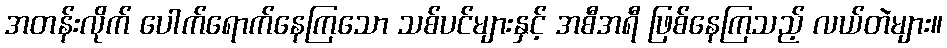
အတန်းလိုက် ပေါက်ရောက်နေကြသော သစ်ပင်များနှင့် အစီအရီ ဖြစ်နေကြသည့် လယ်တဲများ။